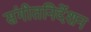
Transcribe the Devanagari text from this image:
संगीतनिर्देशन